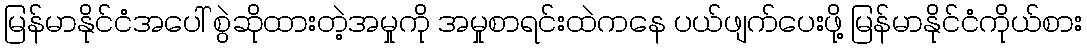
မြန်မာနိုင်ငံအပေါ် စွဲဆိုထားတဲ့အမှုကို အမှုစာရင်းထဲကနေ ပယ်ဖျက်ပေးဖို့ မြန်မာနိုင်ငံကိုယ်စား